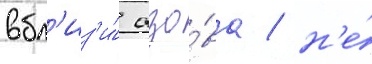
вбл'из'и́ азо́ва / н'е́